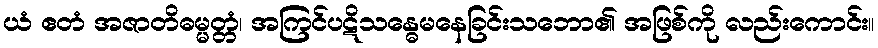
ယံ ဧတံ အဇာတိဓမ္မတ္တံ၊ အကြင်ပဋိသန္ဓေမနေခြင်းသဘော၏ အဖြစ်ကို လည်းကောင်း။